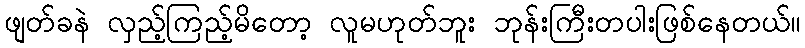
ဖျတ်ခနဲ လှည့်ကြည့်မိတော့ လူမဟုတ်ဘူး ဘုန်းကြီးတပါးဖြစ်နေတယ်။